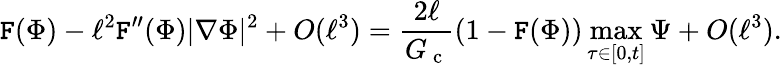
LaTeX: \mathtt{F}(\Phi)-\ell^{2}\mathtt{F}^{\prime\prime}(\Phi)|\nabla\Phi|^{2}+O(\ell^{3})=\frac{{2\ell}}{{G_{\mathrm{{~c~}}}}}(1-\mathtt{F}(\Phi))\operatorname*{max}_{\tau\in[0,t]}\Psi+O(\ell^{3}).